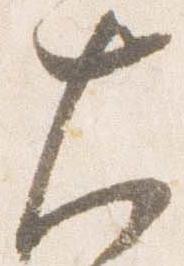
大